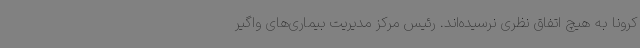
کرونا به هیچ اتفاق نظری نرسیده‌اند. رئیس مرکز مدیریت بیماری‌های واگیر